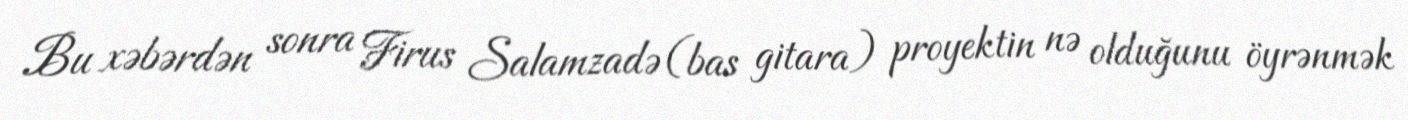
Bu xəbərdən sonra Firus Salamzadə (bas gitara) proyektin nə olduğunu öyrənmək